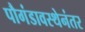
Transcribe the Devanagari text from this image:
पौगंडावस्थेनंतर